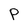
Character: P